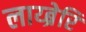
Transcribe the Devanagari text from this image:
लाय्ब्रेरि